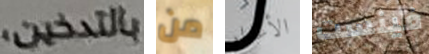
بالتدخين، من الأعذار فينست